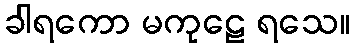
ခါရကော မကုဠေ ရသေ။